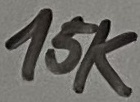
Text: 15K